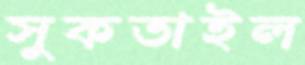
সুকতাইল